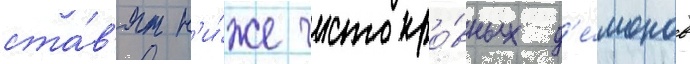
ста́в'ят н'и́же чистокро́вных д'е́монов